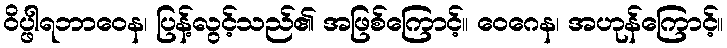
ဝိပ္ဖါရဘာဝေန၊ ပြန့်လွင့်သည်၏ အဖြစ်ကြောင့်။ ဝေဂေန၊ အဟုန်ကြောင့်။